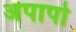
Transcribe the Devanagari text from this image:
अपापो